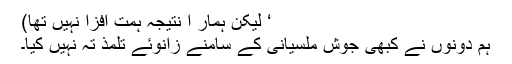
‘ لیکن ہمار ا نتیجہ ہمت افزا نہیں تھا)
ہم دونوں نے کبھی جوش ملسیانی کے سامنے زانوئے تلمذ تہ نہیں کیا۔